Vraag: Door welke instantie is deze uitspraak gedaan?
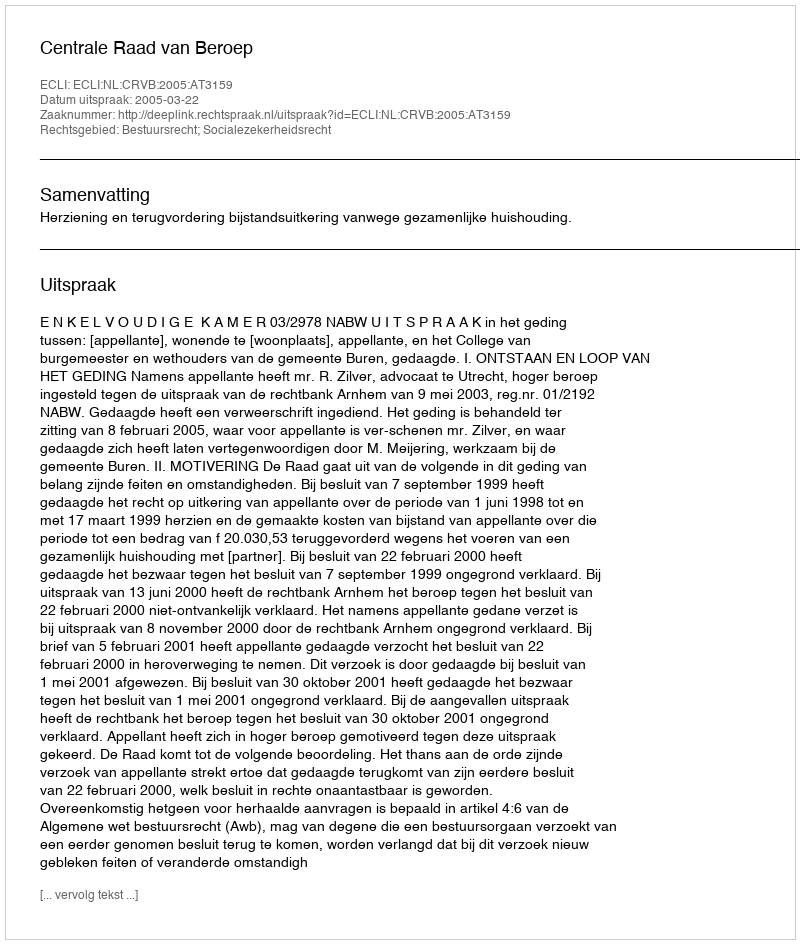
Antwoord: Centrale Raad van Beroep